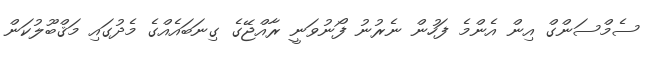
ސެމްސަންގް އިން އެންމެ ފަހުން ނެރުނު ފޯނުވަނީ ރާއްޖޭގެ ގިނަބައެއްގެ މެދުގައި މަޤްބޫލުކަން